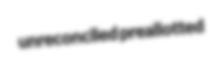
unreconciled preallotted